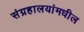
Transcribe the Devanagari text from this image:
संग्रहालयांमधील